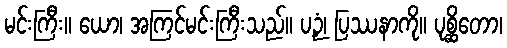
မင်းကြီး။ ယော၊ အကြင်မင်းကြီးသည်။ ပဉှံ၊ ပြဿနာကို။ ပုစ္ဆိတော၊